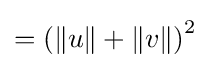
=\left(\|u\|+\|v\|\right)^{2}